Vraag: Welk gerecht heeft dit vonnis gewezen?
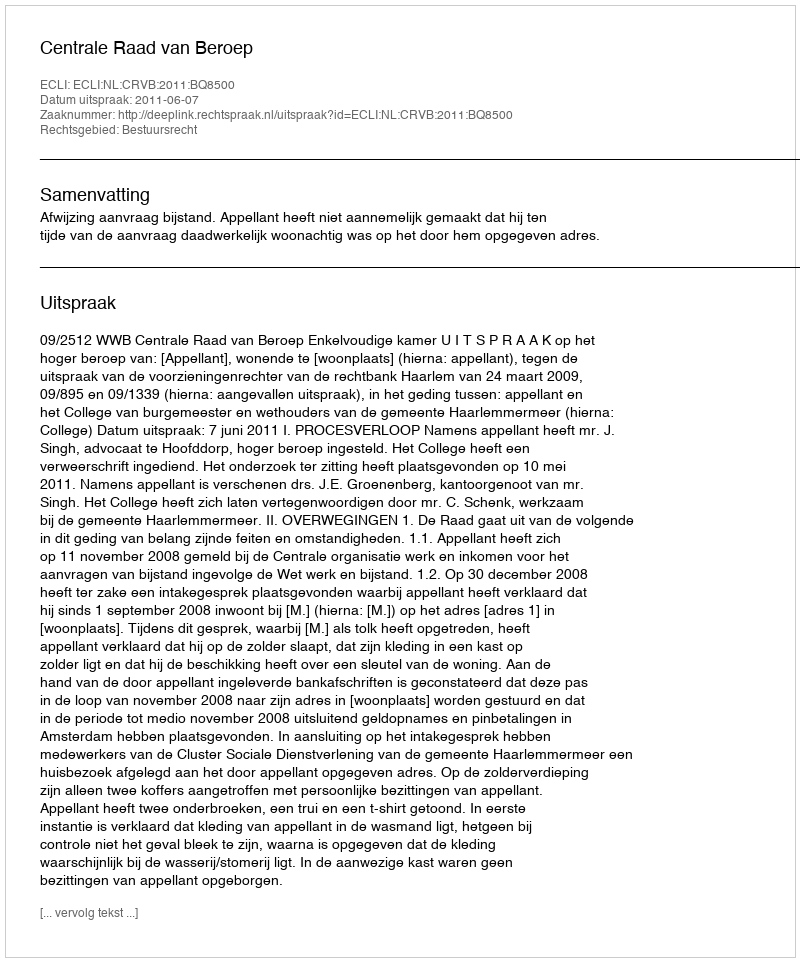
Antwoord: Centrale Raad van Beroep